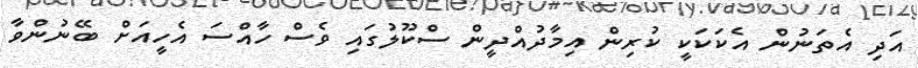
އަދި އެތަނުން އެކަކަކީ ކުރިން އިމާދުއްދީން ސްކޫލުގައި ވެސް ހާއްސަ އެހީއަށް ބޭނުންވާ